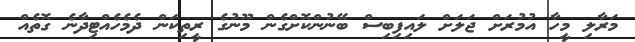
މަރާލި މީހާ އުމުރަށް ޖަލަށް ލައިފިބިސް ބޭނުންކޮށްގެން މޫނުގެ ރީތިކަން ދެމެހެއްޓިދާނެ ގޮތެއް